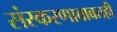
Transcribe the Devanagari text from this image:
संस्करणाबाबतही